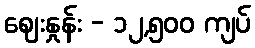
ဈေးနှုန်း - ၁၂,၅၀၀ ကျပ်